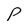
Character: P